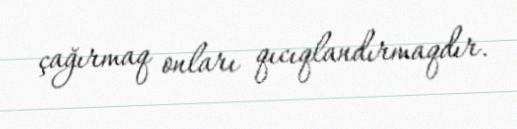
çağırmaq onları qıcıqlandırmaqdır.